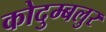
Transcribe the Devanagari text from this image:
कोदुम्बलुर